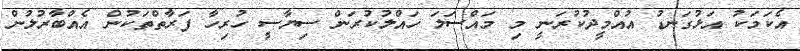
އެކަމަކު އަޅުގަނޑު އުއްމީދުކުރަނީ މި މައްސަލަ ހައްލުކުރަން ސިޔާސީ ހުރިހާ ފަރާތްތަކުން އެއްބާރުލުން